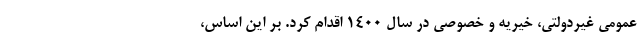
عمومی غیردولتی، خیریه و خصوصی در سال ۱۴۰۰ اقدام کرد. بر این اساس،